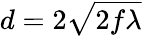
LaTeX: d=2{\sqrt{2f\lambda}}